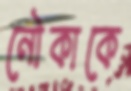
নৌকাকে